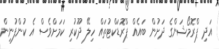
އަދި ޕްރޮމޯޝަންގެ ދަށުން ބައެއް ޕްރޮޑަކްޓުތައް ހިލޭ ދޫކުރި ކަމަށްވެސް އެ ކުންފުނިން